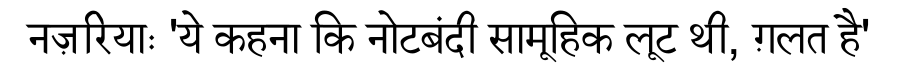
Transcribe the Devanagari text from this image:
नज़रियाः 'ये कहना कि नोटबंदी सामूहिक लूट थी, ग़लत है'